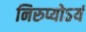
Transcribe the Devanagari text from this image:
निरुप्योऽयं